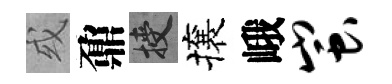
或鼐授攘峨蚩